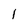
Character: 1